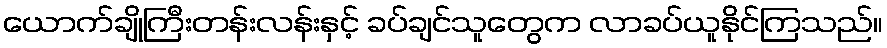
ယောက်ချိုကြီးတန်းလန်းနှင့် ခပ်ချင်သူတွေက လာခပ်ယူနိုင်ကြသည်။